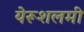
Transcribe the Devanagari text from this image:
येरूशलमी